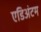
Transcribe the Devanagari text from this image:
एडिअंटम